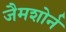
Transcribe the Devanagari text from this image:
जैमशोर्न